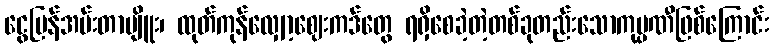
ငွေပြန်အမ်းတာမျိူး၊ ထုတ်ကုန်လျှော့ဈေးကဒ်တွေ ရရှိစေခဲ့တဲ့တစ်ခုတည်းသောကုမ္ပဏီဖြစ်ကြောင်း